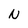
Character: N